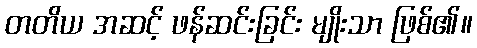
တတိယ အဆင့် ဖန်ဆင်းခြင်း မျိုးသာ ဖြစ်၏။